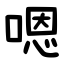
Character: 嗯